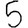
Digit: 5